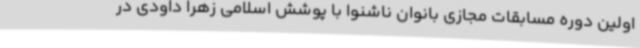
اولین دوره مسابقات مجازی بانوان ناشنوا با پوشش اسلامی زهرا داودی در